Report on vaccination in Madras 1877-1894 - 1877-1894
Year: 1877
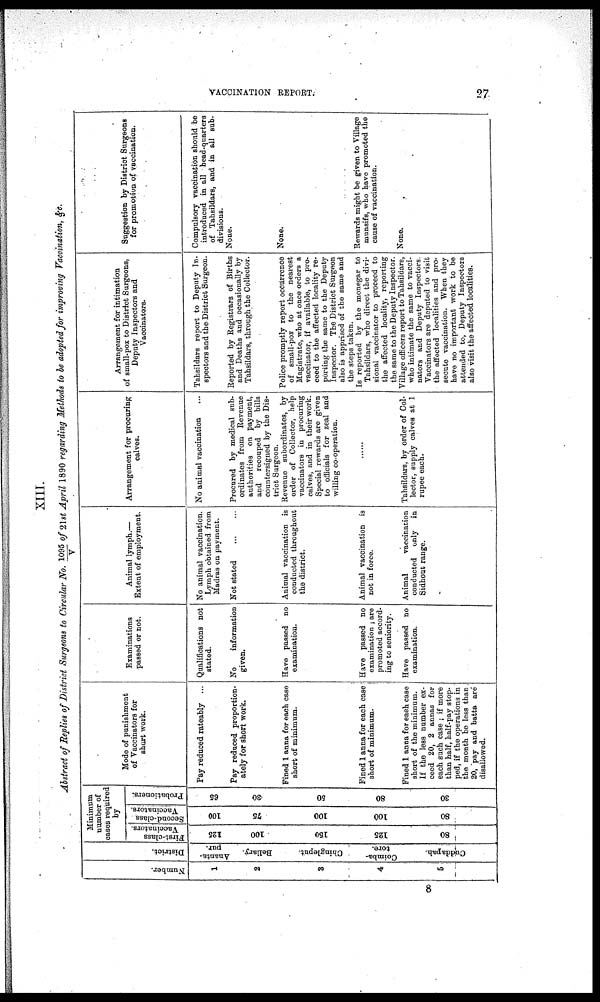
VACCINATION REPORT.
27
XIII.
Abstract of Replies of District Surgeons to Circular No. 1095/V of 21st April 1890 regarding Methods to be adopted for improving Vaccination, &c.
Number.
1
2
8
4
5
District.
Ananta¬
pur.
Bellary.
Chingleput.
Coimba¬
tore.
Cuttdapah.
Minimum
number of
cases required
by
First-class
Vaccinators.
125
100
150
125
80
Second-class .
Vaccinators.
100
75
100
100
80
Probationers.
65
30
50
80
30
Mode of punishment
of Vaccinators for
short work.
Pay reduced rateably ...
Pay reduced proportion-
ately for short work.
Fined 1 anna for each case
short of minimum.
Fined 1 anna for each case
short of minimum.
Fined 1 ansa for each case
short of the minimum.
If the less number ex-
ceed 20, 2 annas for
each such case , if more
than half, half-pay stop-
ped, if the operations in
the month be less than
20, 'pay and batta are
disallowed.
Examinations
passed or not.
Qualifications not
stated.
No
information
given.
Have passed no
examination.
Have passed no
examination ; are
promoted accord-
ing to seniority.
Have passed no
examination.
Animal lymph.—
Extent of employment.
No animal vaccination.
Lymph obtained from
Madras on payment.
Not stated
Animal vaccination is
conducted throughout
the district.
Animal vaccination is
not in force.
Animal
vaccination
conducted only in
Sidhout range.
Arrangement for procuring
calves.
No animal vaccination
Procured by medical sub-
ordinates from Revenue
authorities on payment,
and recouped by bills
countersigned by the Dis-
trict Surgeon.
Revenue subordinates, by
order of Collector, help
vaccinators in procuring
calves, and in their work.
Special rewards are given
to officials for zeal and
willing co-operation.
Tahsildars, by order of Col-
lector, supply calves at 1
rupee each.
Arrangement for intimation
of small-pox to District Surgeons,
Deputy Inspectors and
Vaccinators.
Tahsildars report to Deputy In-
spectors and the District Surgeon.
Reported by Registrars of Births
and Deaths and occasionally by
Tahsildars, through the Collector.
Police promptly report occurrence
of small-pox to the nearest
Magistrate, who at once orders a
vaccinator, if available, to pro-
ceed to the affected locality re-
porting the same to the Deputy
Inspector. The District Surgeon
also is apprised of the same and
the steps taken.
Is reported by the monegar to
Tahsildars, who direct the divi-
sional vaccinator to proceed to
the affected locality, reporting
the same to the Deputy Inspector.
Village officers report to Tahsildars,
who intimate the same to vacci-
nators and Deputy Inspectors.
Vaccinators are deputed to visit
the affected localities and pro-
secute vaccination. When they
have no important work to be
attended to, Deputy Inspectors
also visit the affected localities.
Suggestion by District Surgeons
for promotion of vaccination.
Compulsory vaccination should be
introduced in all head-quarters
of Tahsildars, and in all sub-
divisions.
None.
None.
Rewards might be given to Village
munsifs, who have promoted the
cause of vaccination.
None.
8